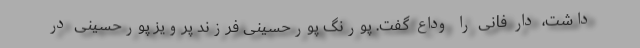
داشت، دار فانی را وداع گفت. پورنگ پورحسینی فرزند پرویز پورحسینی در